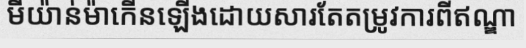
មីយ៉ាន់ម៉ាកើនឡើងដោយសារតែតម្រូវការពីឥណ្ឌា